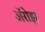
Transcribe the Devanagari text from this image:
ॲरोझ